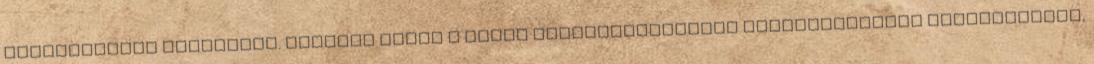
mélységeiben rejtőznek. Mindkét lovag a saját szupranaci­onális lovagrendjé­nek világnézetét,